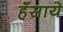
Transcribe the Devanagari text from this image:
हँसाये